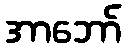
အာဘော်